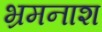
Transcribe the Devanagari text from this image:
भ्रमनाश